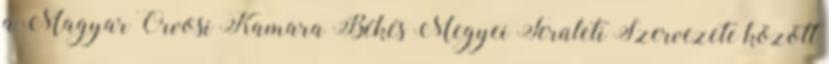
a Magyar Orvosi Kamara Békés Megyei Területi Szervezete között